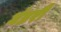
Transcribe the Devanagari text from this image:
गंडरी